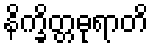
နိက္ခိတ္တဓုရာတိ